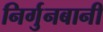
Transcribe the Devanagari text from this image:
निर्गुनबानी